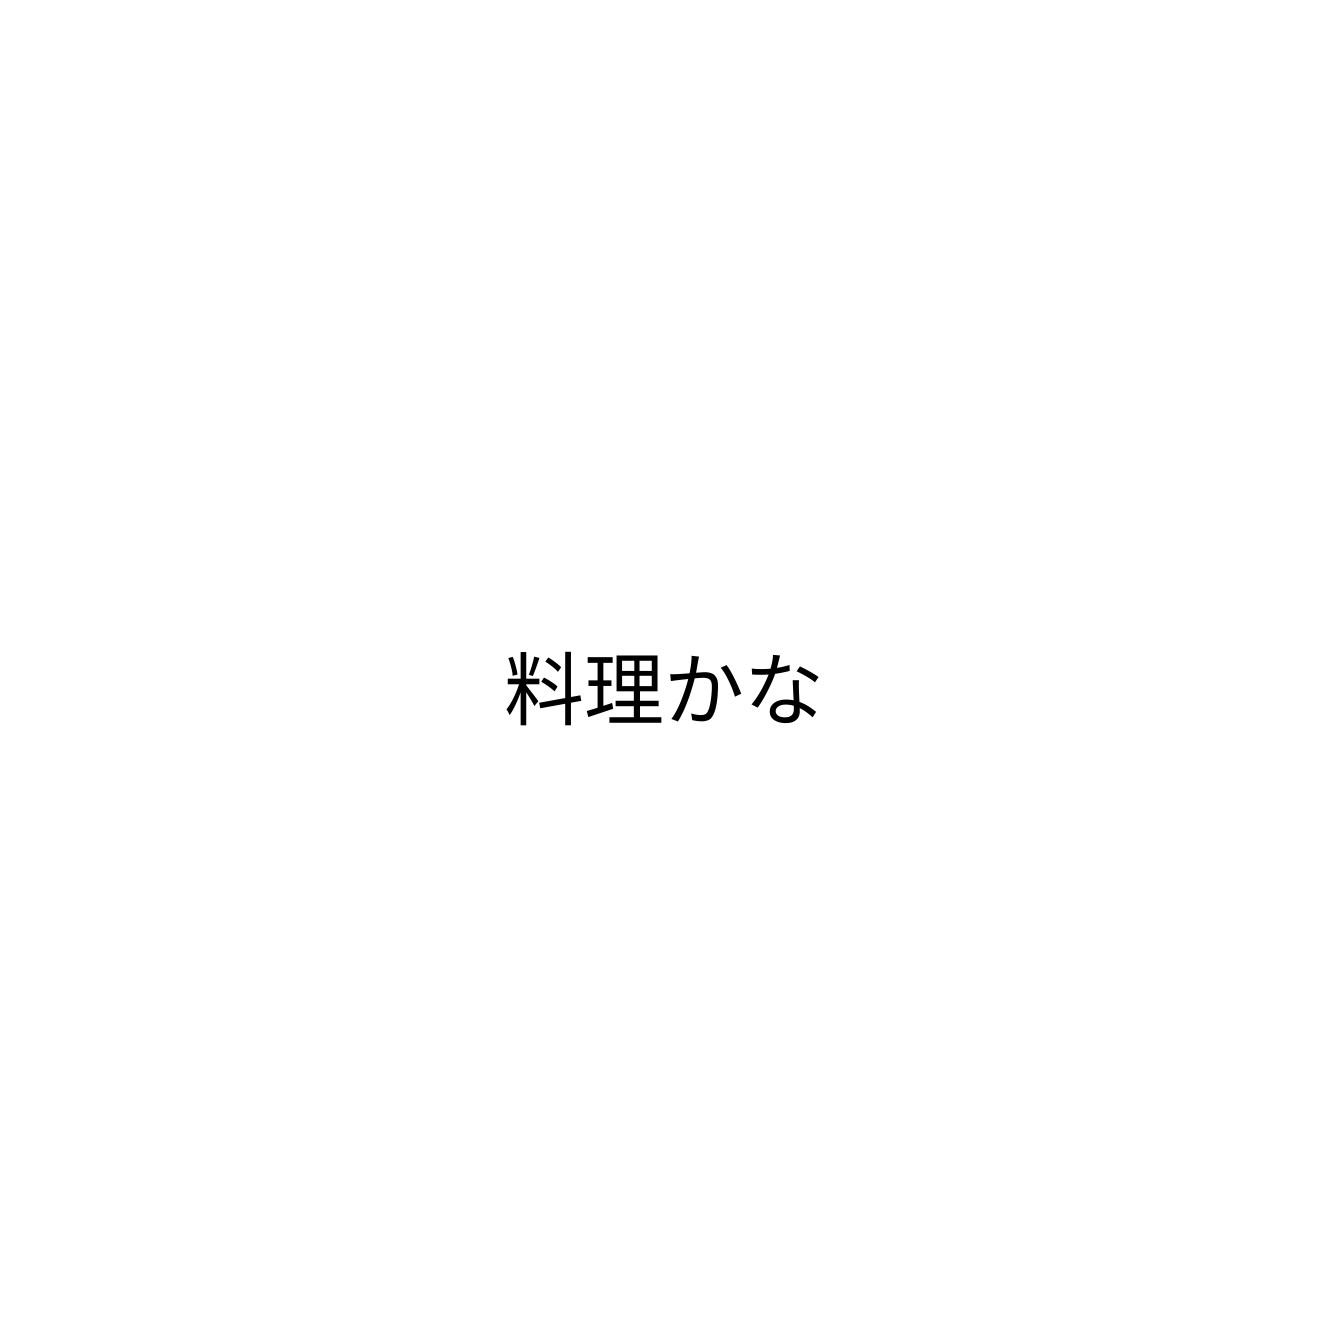
料理かな